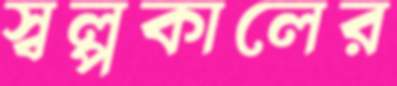
স্বল্পকালের